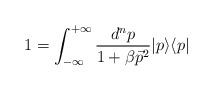
LaTeX: \begin{align*}1 = {\int_{-\infty}^{+\infty}\frac{d^np}{1+ \beta \vec{p}^2}} \vert p \rangle\langle p \vert\end{align*}